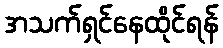
အသက်ရှင်နေထိုင်ရန်